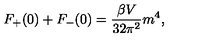
F _ { + } ( 0 ) + F _ { - } ( 0 ) = \frac { \beta V } { 3 2 \pi ^ { 2 } } m ^ { 4 } ,